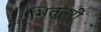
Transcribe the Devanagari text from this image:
भित्तरी